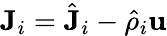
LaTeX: \textbf{J}_{i}=\hat{\textbf{J}}_{i}-\hat{\rho}_{i}\textbf{u}